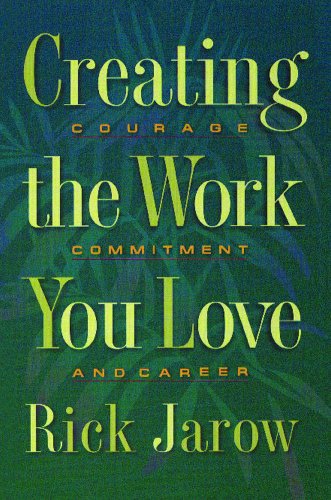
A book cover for Creating the Work You Love: Courage, Commitment, and Career; Rick Jarow Ph.D.; Health, Fitness & Dieting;